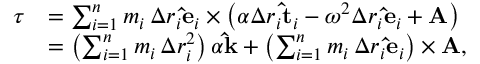
{ \begin{array} { r l } { { \boldsymbol { \tau } } } & { = \sum _ { i = 1 } ^ { n } m _ { i } \, \Delta r _ { i } \mathbf { \hat { e } } _ { i } \times \left( \alpha \Delta r _ { i } \mathbf { \hat { t } } _ { i } - \omega ^ { 2 } \Delta r _ { i } \mathbf { \hat { e } } _ { i } + \mathbf { A } \right) } \\ & { = \left( \sum _ { i = 1 } ^ { n } m _ { i } \, \Delta r _ { i } ^ { 2 } \right) \alpha \mathbf { \hat { k } } + \left( \sum _ { i = 1 } ^ { n } m _ { i } \, \Delta r _ { i } \mathbf { \hat { e } } _ { i } \right) \times \mathbf { A } , } \end{array} }